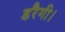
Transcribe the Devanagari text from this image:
डरैगी।